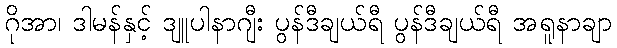
ဂိုအာ၊ ဒါမန်နှင့် ဒျူပါနာဂျီး ပွန်ဒီချယ်ရီ ပွန်ဒီချယ်ရီ အရူနာချာ